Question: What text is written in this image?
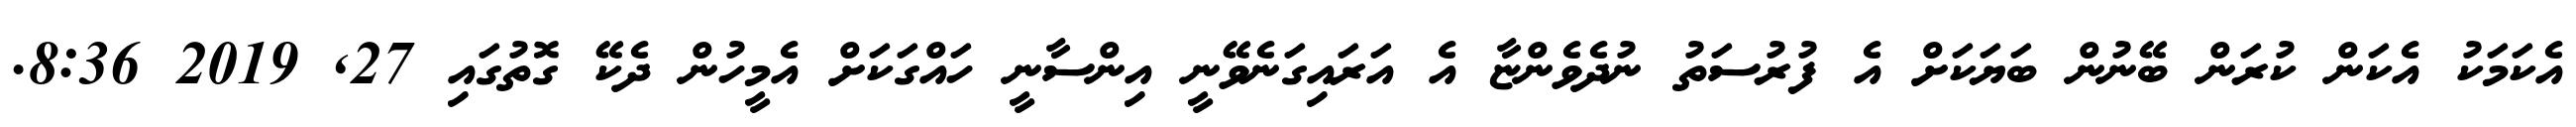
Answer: އެކަމަކު އެކަން ކުރަން ބޭނުން ބަޔަކަށް އެ ފުރުސަތު ނުދެވެންޏާ އެ އަރައިގަނެވޭނީ އިންސާނީ ހައްގަކަށް އެމީހުން ދެކޭ ގޮތުގައި 27, 2019 8:36.